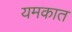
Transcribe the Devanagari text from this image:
यमकात